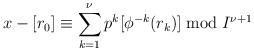
LaTeX: \begin{align*}x-[r_0]\equiv\sum_{k=1}^\nu p^k[\phi^{-k}(r_k)] \bmod I^{\nu+1} \end{align*}